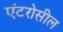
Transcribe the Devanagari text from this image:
एंटरोसील